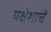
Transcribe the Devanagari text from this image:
यक्षेशाचें